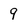
Character: 9